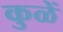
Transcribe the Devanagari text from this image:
कुळें